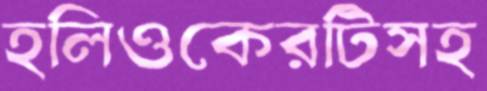
হলিওকেরটিসহ